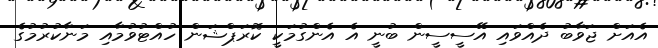
އެއަށް ޖަވާބު ދެއްވައި އޭސީސީން ބުނީ އެ އެންގުމަކީ ކޮރަޕްޝަން ހުއްޓުވުމާއި މަނާކުރުމުގެ